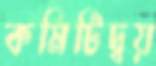
কমিটিদ্বয়